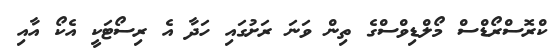
ކްރޮސްރޯޑްސް މޯލްޑިވްސްގެ ތިން ވަނަ ރަށުގައި ހަދާ އެ ރިސޯޓަކީ އެކޯ އާއި